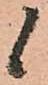
候